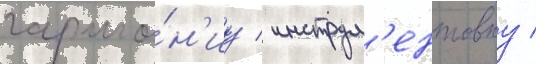
гармо́н'иу / инструм'ентовку /